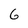
Character: 6